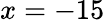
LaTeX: x=-15